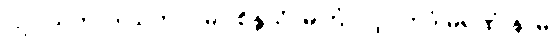
“ဥပါသက၊ ဒါယကာ။ မာ စိန္တယိ၊ မကြံလင့်။ ဣဒံ မရဏံ နာမ၊